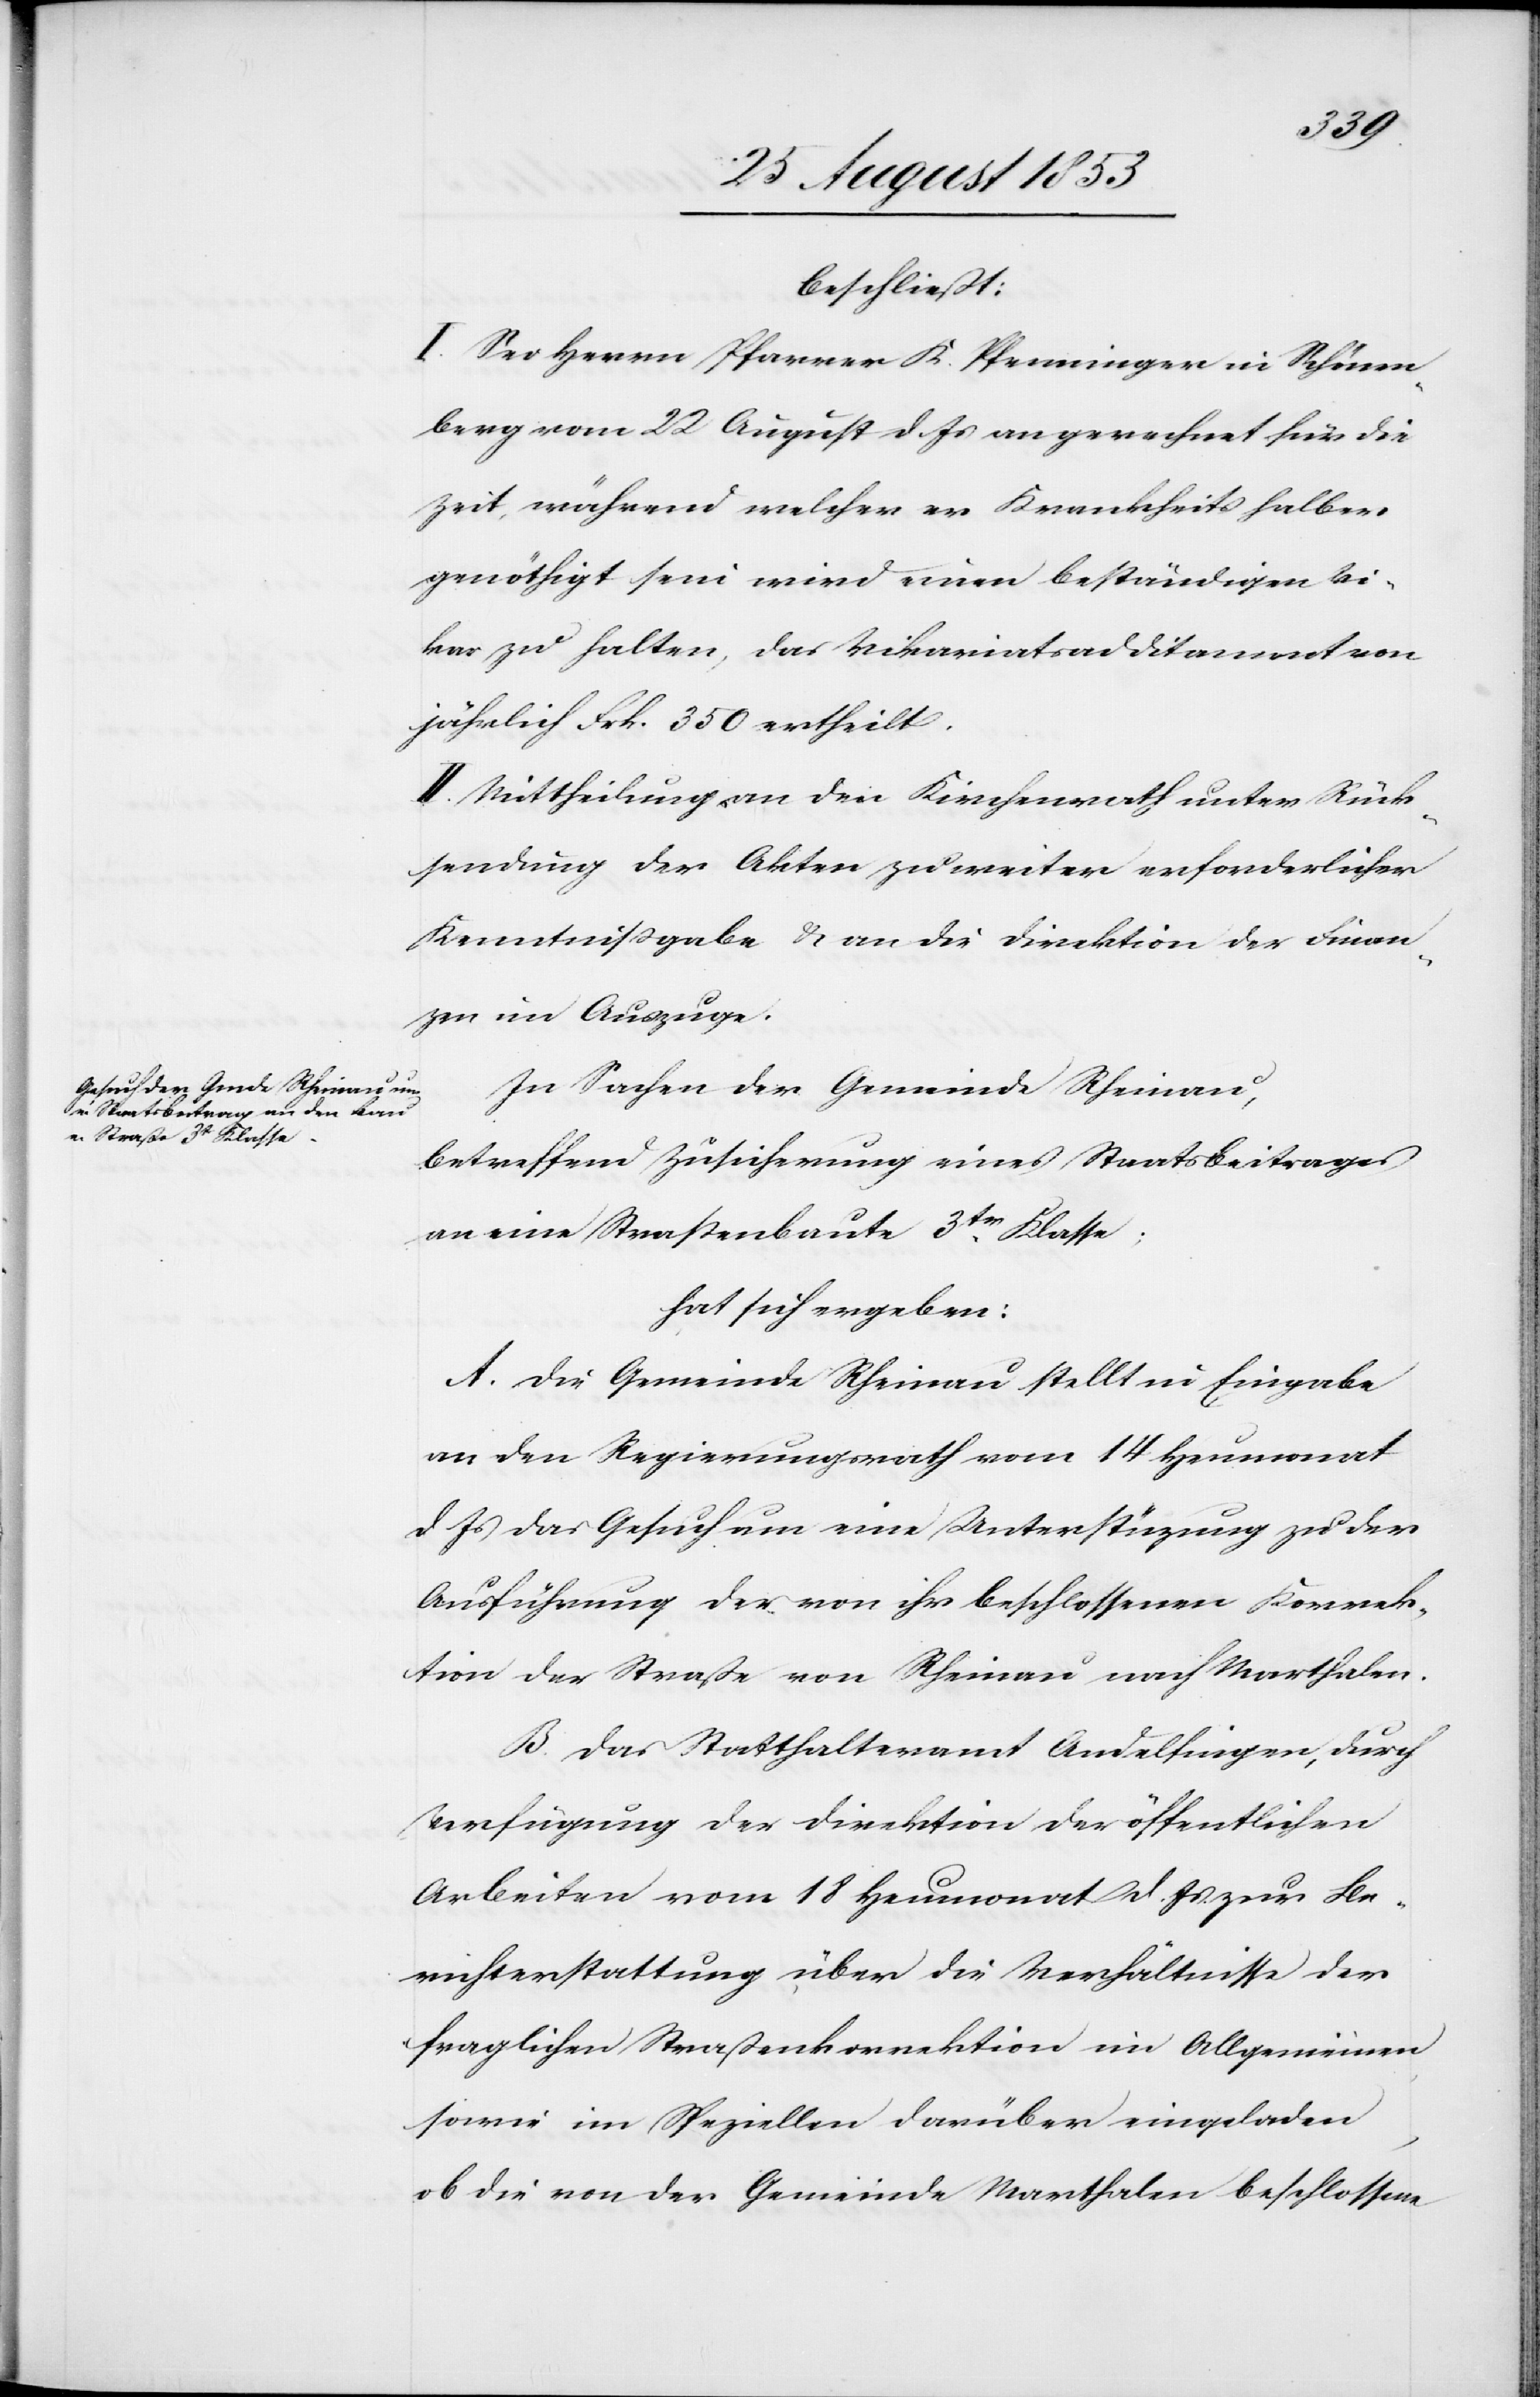
beschließt:
I. Sei Herrn Pfarrer K. Pfenninger in Schönen¬
berg vom 22 August d. Js. an gerechnet für die
Zeit, während welcher er krankheitshalber
genöthigt sein wird einen beständigen Vi¬
kar zu halten, das Vikariatsadditament von
jährlich Frk. 350 ertheilt.
II. Mittheilung an den Kirchenrath unter Rück¬
sendung der Akten zu weiter erforderlicher
Kenntnißgabe u. an die Direktion der Finan¬
zen im Auszuge.
In Sachen der Gemeinde Rheinau,
betreffend Zusicherung eines Staatsbeitrages
an eine Straßenbaute 3tr Klasse;
hat sich ergeben:
A. Die Gemeinde Rheinau stellt mit Eingabe
an den Regierungsrath vom 14 Heumonat
d. Js. das Gesuch um eine Unterstützung zu der
Ausführung der von ihr beschlossenen Korrek¬
tion der Straße von Rheinau nach Marthalen.
B. Das Statthalteramt Andelfingen, durch
Verfügung der Direktion der öffentlichen
Arbeiten vom 18 Heumonat d. Js. zur Be¬
richterstattung über die Verhältnisse der
fraglichen Straßenkorrektion im Allgemeinen
sowie im Speziellen darüber eingeladen
ob die von der Gemeinde Marthalen beschlossene